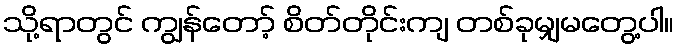
သို့ရာတွင် ကျွန်တော့် စိတ်တိုင်းကျ တစ်ခုမျှမတွေ့ပါ။